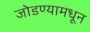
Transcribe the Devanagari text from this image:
जोडण्यामधून